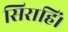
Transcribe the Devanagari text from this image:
सिराहिं।